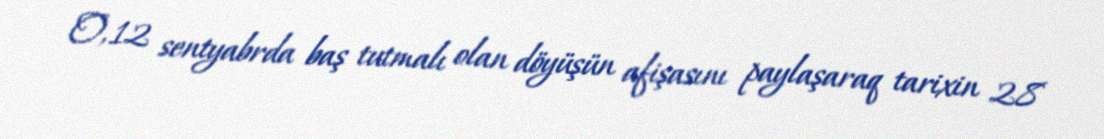
O, 12 sentyabrda baş tutmalı olan döyüşün afişasını paylaşaraq tarixin 28